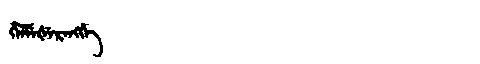
Manchu: ᡥᡝᠯᠮᡝᡧᡝᡵᡝᠩᡤᡝ
Romanization: HELMEŠERENGGE